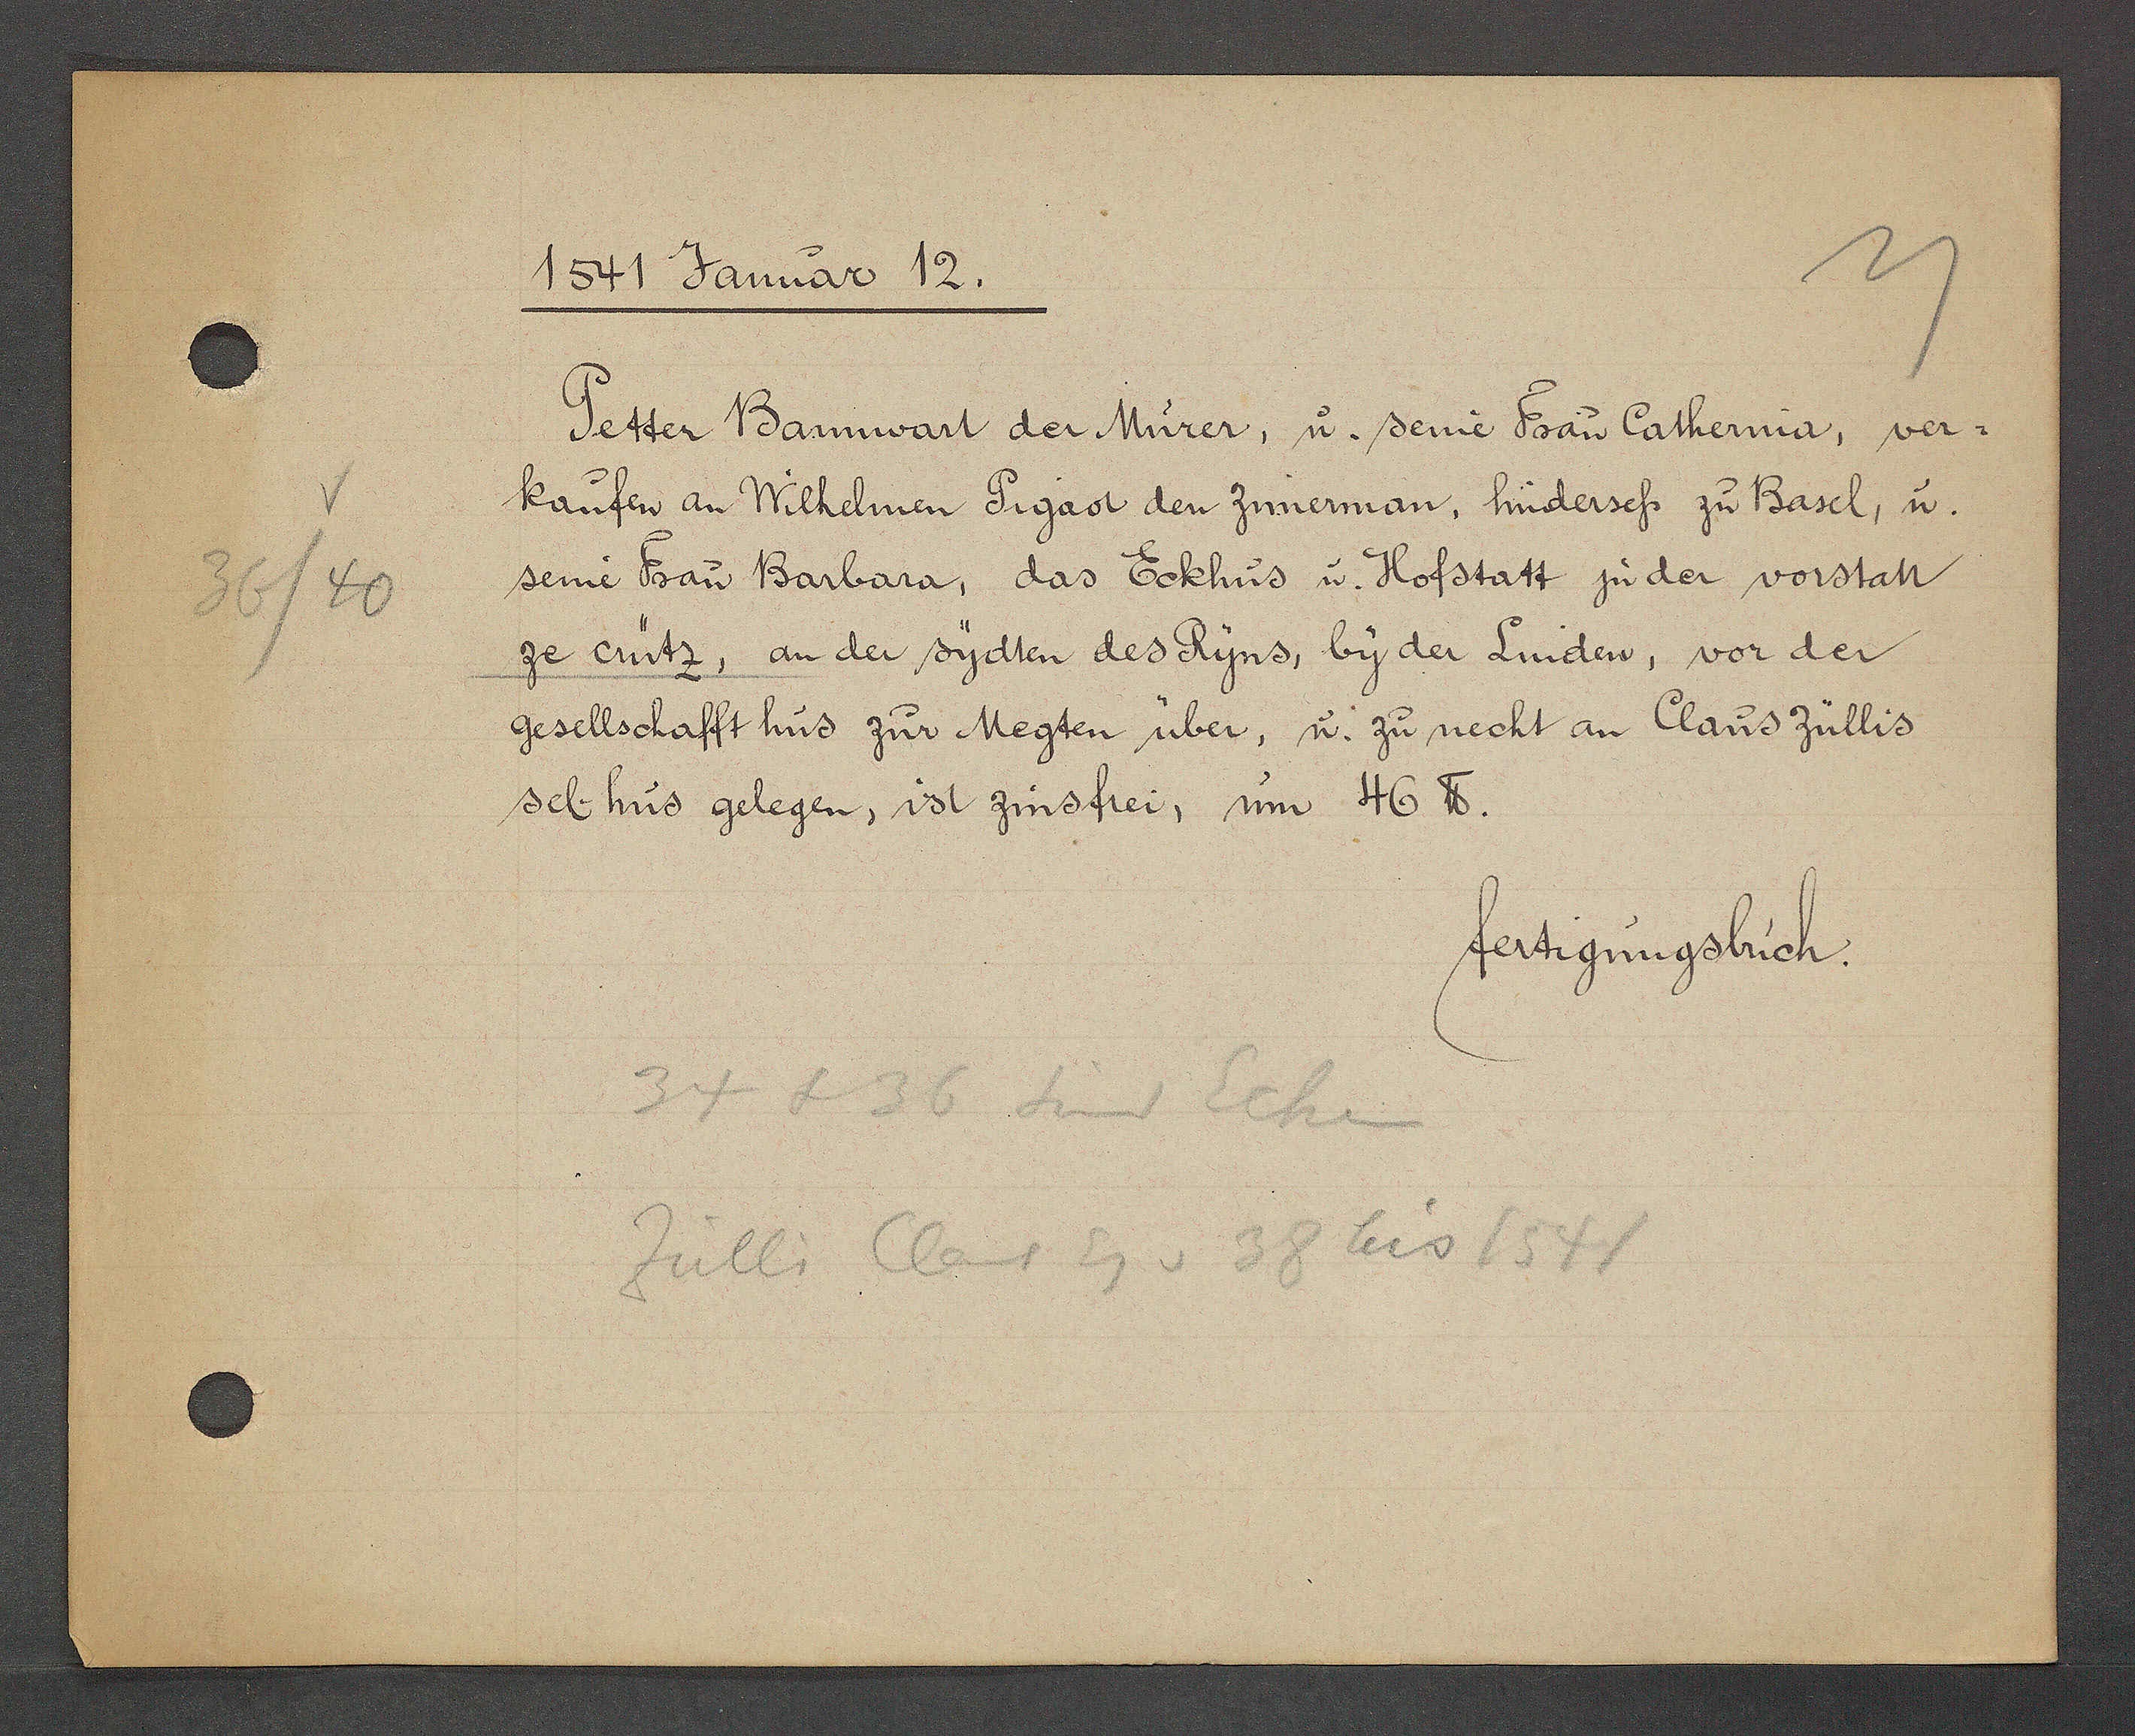
Transcript:
36/40

1541 Januar 12.

Petter Bannwart der Mürer, u. seine Frau Catherina, ver¬
kaufen an Wilhelmen Pigaot den Zimerman, hindersess zu Basel, u.
seine Frau Barbara, das Eckhus u. Hofstatt ju der vorstatt
ze crütz, an der sydten des Ryns, by der Linden, vor der
gesellschafft hus zur Megten über, u. zu necht an Claus Züllis
sel. hus gelegen, ist zinsfrei, sum 46 ℔.

34 + 36 sind Ecke
Zülli Claus Eg v 38 bis 1541

fertigungsbuch.